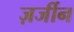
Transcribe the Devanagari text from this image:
ज़र्जीन